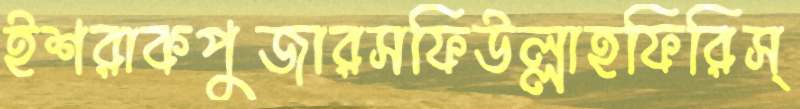
ইশরাকপুজারসফিউল্লাহফিরিস্